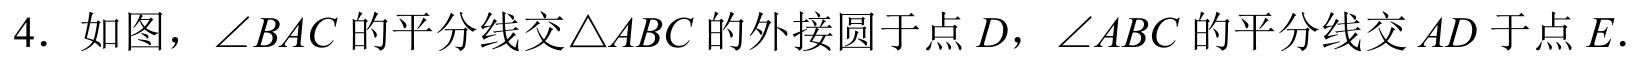
4. 如图，\(\angle BAC\)的平分线交\(\triangle ABC\)的外接圆于点\(D\)，\(\angle ABC\)的平分线交\(AD\)于点\(E\).